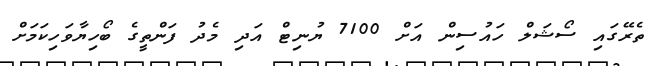
ތެރޭގައި ސޯޝަލް ހައުސިން އަށް 7100 ޔުނިޓް އަދި މެދު ފަންތީގެ ބޯހިޔާވަހިކަމަށް